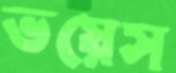
ভয়েস